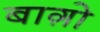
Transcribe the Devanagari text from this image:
बाग़ो